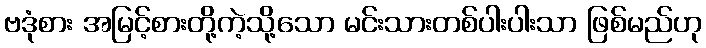
ဗဒုံစား အမြင့်စားတို့ကဲ့သို့သော မင်းသားတစ်ပါးပါးသာ ဖြစ်မည်ဟု